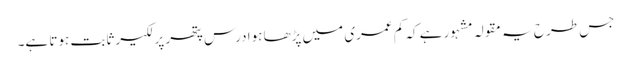
جس طرح یہ مقولہ مشہور ہے کہ کم عمری میں پڑھا ہوا درس پتھر پر لکیر ثابت ہوتا ہے۔